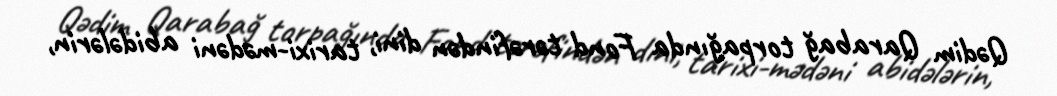
Qədim Qarabağ torpağında Fond tərəfindən dini, tarixi-mədəni abidələrin,